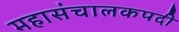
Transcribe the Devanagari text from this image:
महासंचालकपदी